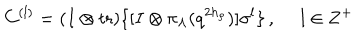
C ^ { ( l ) } = ( I \otimes \mathrm { t r } ) \{ [ I \otimes \pi _ { \Lambda } ( q ^ { 2 h _ { \rho } } ) ] \sigma ^ { l } \} \, , ~ ~ l \in { \bf Z } ^ { + }